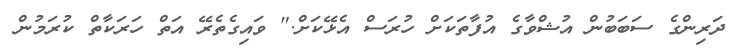
ދަރިންގެ ސަބަބުން އުޝްވާގެ އުފާތަކަށް ހުރަސް އެޅޭކަށް." ވައިގެތެރޭ އަތް ހަރަކާތް ކުރަމުން